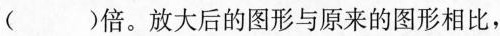
()倍。放大后的图形与原来的图形相比，